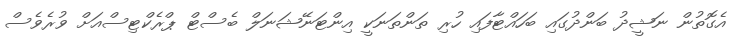
އެގޮތުން ނަޝީދު ބަންދުގައި ބަހައްޓާފައި ހުރި ތަންތަަނަކީ އިންޓަނޭޝަނަލް ބެސްޓް ޕްރެކްޓިސްއަށް ވުރެވެސް